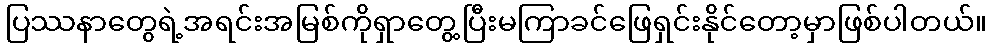
ပြဿနာတွေရဲ့အရင်းအမြစ်ကိုရှာတွေ့ပြီးမကြာခင်ဖြေရှင်းနိုင်တော့မှာဖြစ်ပါတယ်။